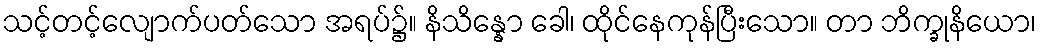
သင့်တင့်လျောက်ပတ်သော အရပ်၌။ နိသိန္နော ခေါ၊ ထိုင်နေကုန်ပြီးသော။ တာ ဘိက္ခုနိယော၊